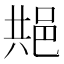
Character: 𬩺